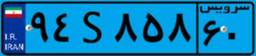
۲۷S۶۳۰۱۶